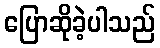
ပြောဆိုခဲ့ပါသည်